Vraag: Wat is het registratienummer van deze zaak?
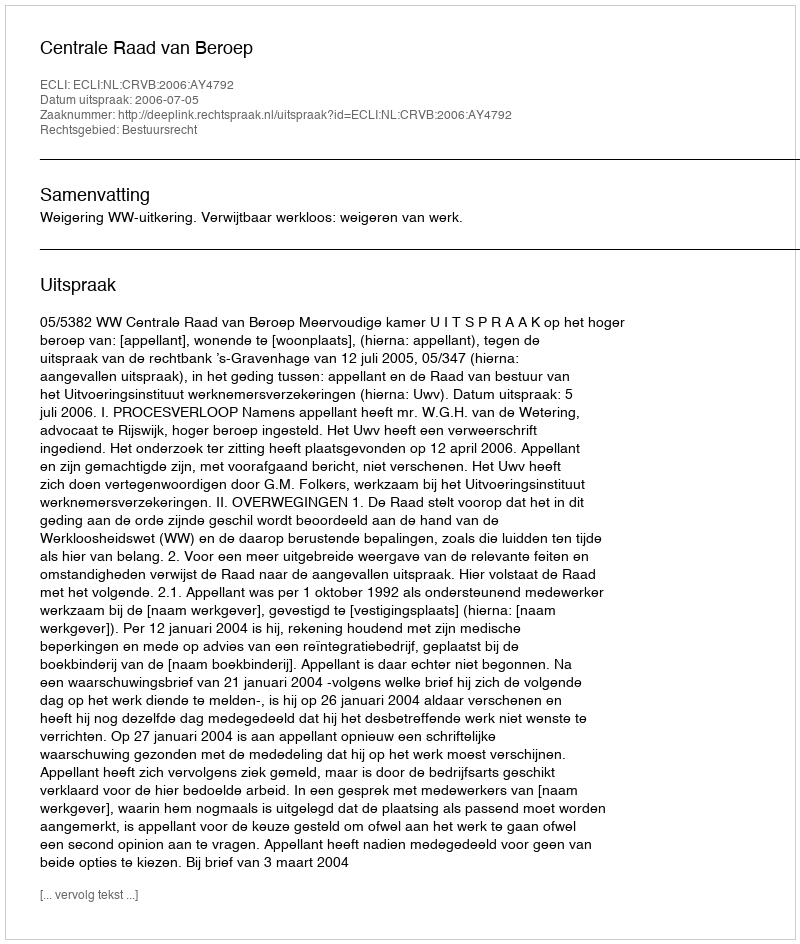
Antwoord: http://deeplink.rechtspraak.nl/uitspraak?id=ECLI:NL:CRVB:2006:AY4792